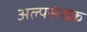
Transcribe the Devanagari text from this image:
अल्पसंख्क